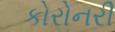
કોરોનરી